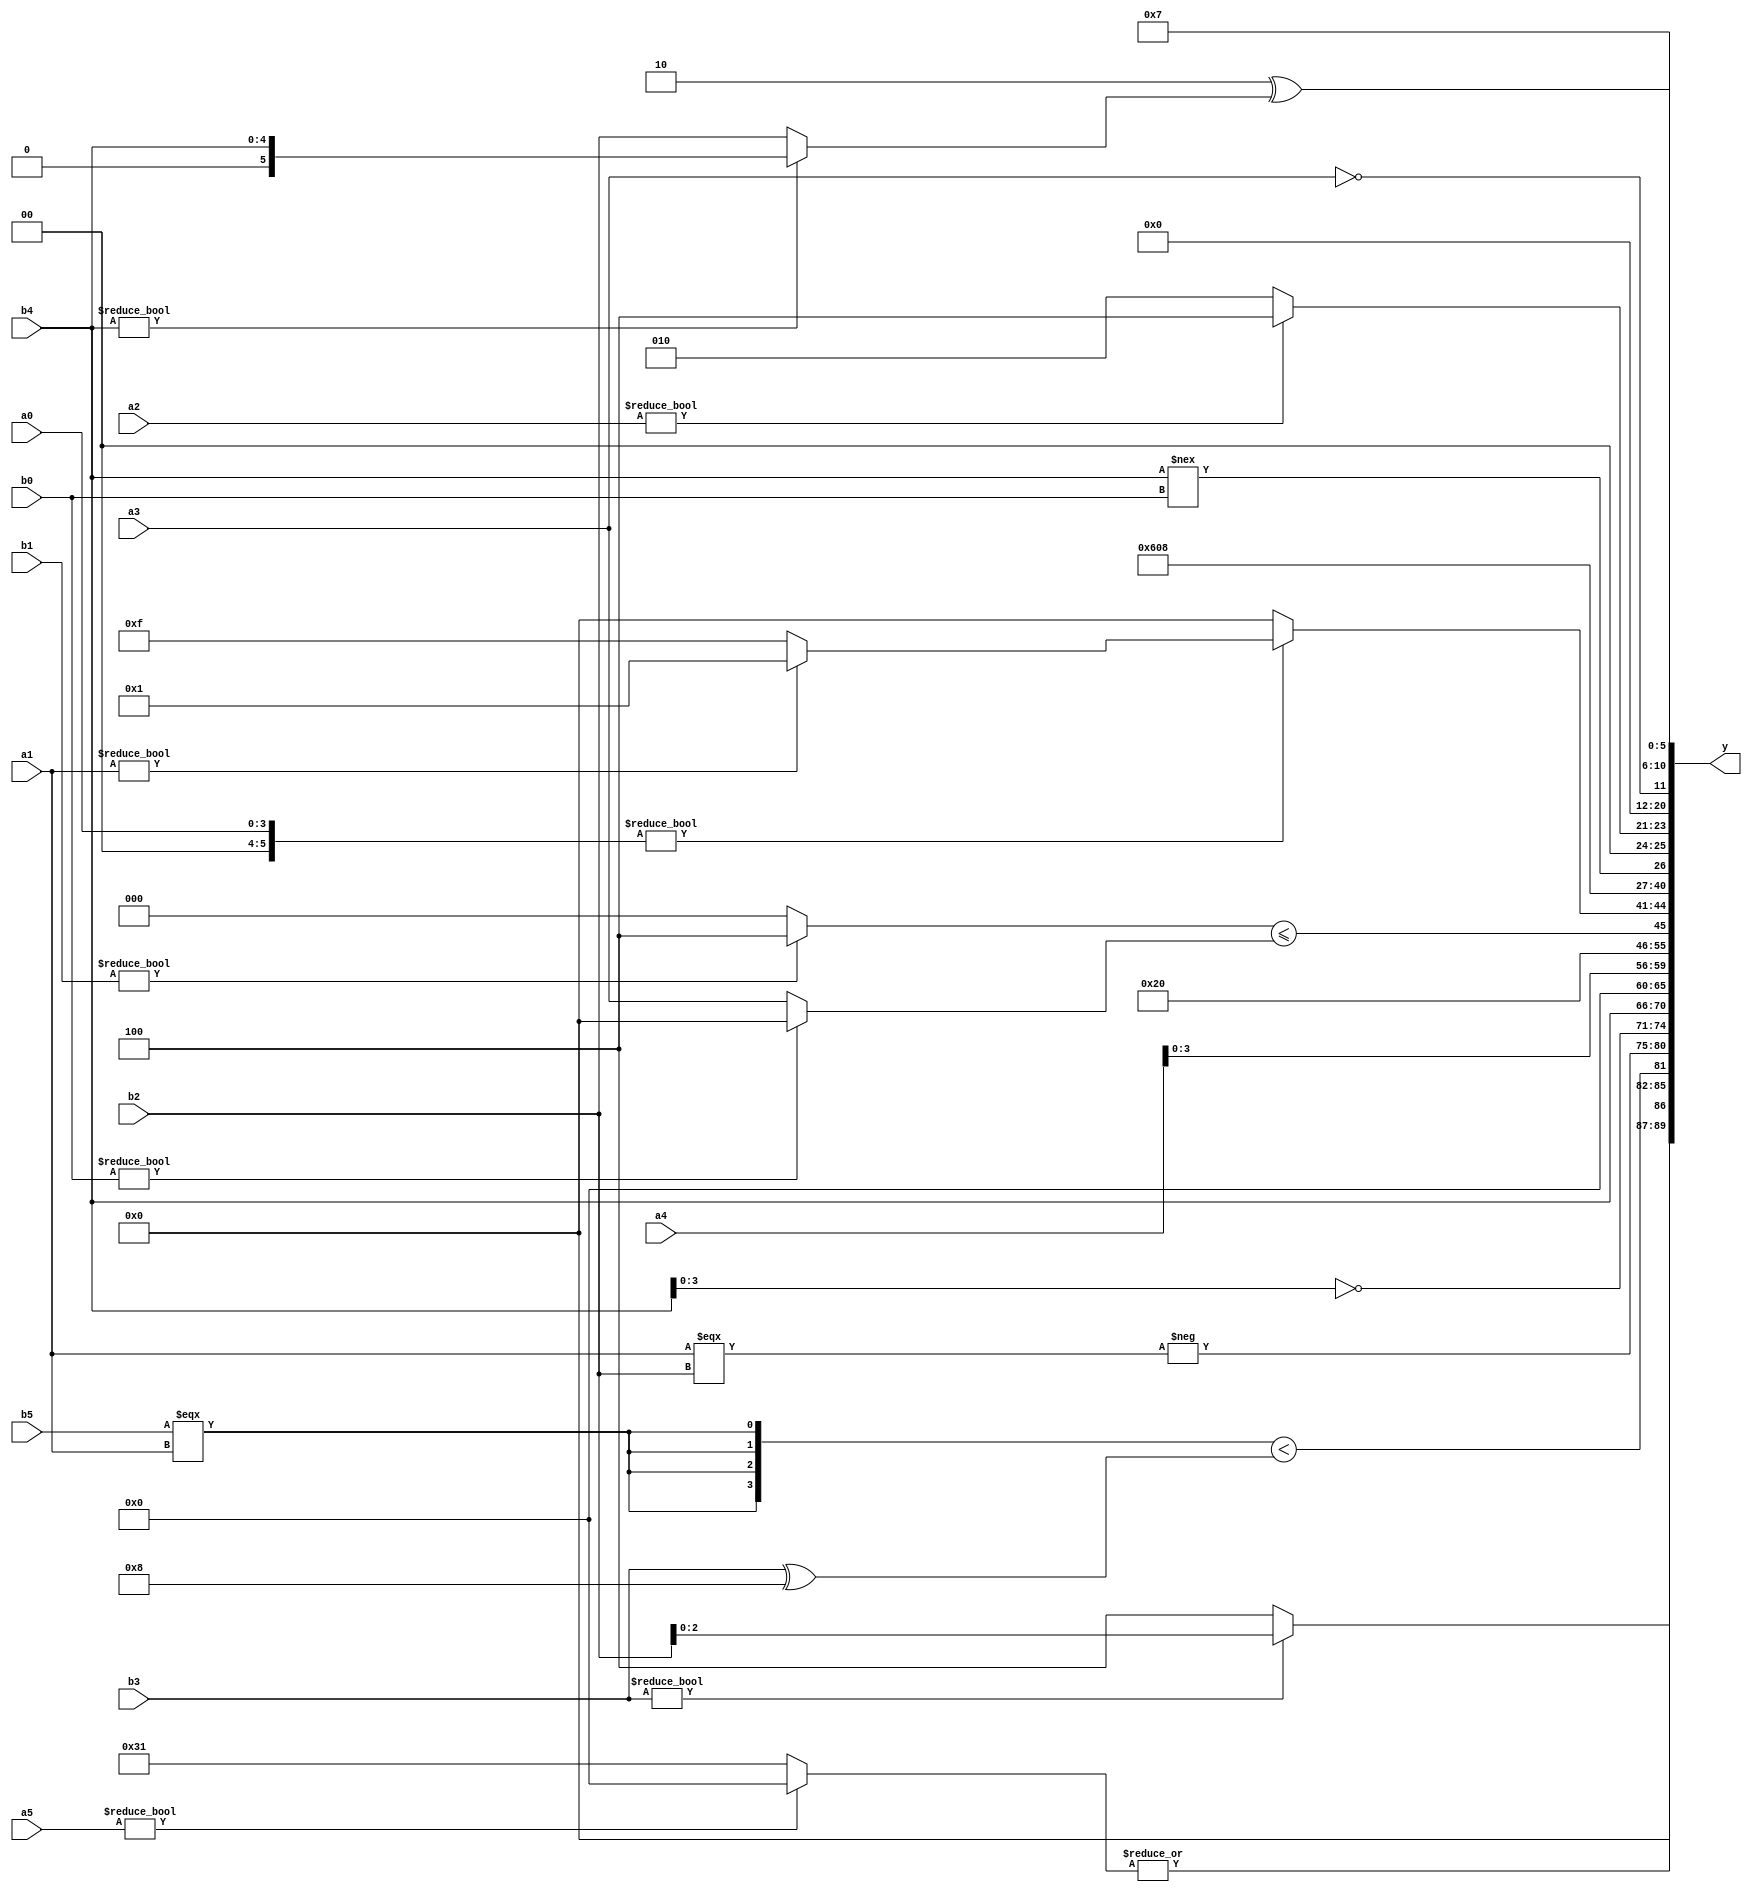
module expression_00611(a0, a1, a2, a3, a4, a5, b0, b1, b2, b3, b4, b5, y);
  input [3:0] a0;
  input [4:0] a1;
  input [5:0] a2;
  input signed [3:0] a3;
  input signed [4:0] a4;
  input signed [5:0] a5;

  input [3:0] b0;
  input [4:0] b1;
  input [5:0] b2;
  input signed [3:0] b3;
  input signed [4:0] b4;
  input signed [5:0] b5;

  wire [3:0] y0;
  wire [4:0] y1;
  wire [5:0] y2;
  wire signed [3:0] y3;
  wire signed [4:0] y4;
  wire signed [5:0] y5;
  wire [3:0] y6;
  wire [4:0] y7;
  wire [5:0] y8;
  wire signed [3:0] y9;
  wire signed [4:0] y10;
  wire signed [5:0] y11;
  wire [3:0] y12;
  wire [4:0] y13;
  wire [5:0] y14;
  wire signed [3:0] y15;
  wire signed [4:0] y16;
  wire signed [5:0] y17;

  output [89:0] y;
  assign y = {y0,y1,y2,y3,y4,y5,y6,y7,y8,y9,y10,y11,y12,y13,y14,y15,y16,y17};

  localparam [3:0] p0 = (5'd20);
  localparam [4:0] p1 = (~&(|(4'd3)));
  localparam [5:0] p2 = (~|(~|(~&{3{(-4'sd5)}})));
  localparam signed [3:0] p3 = ((((4'd6)>>>(4'd10))==((-4'sd6)>(3'd1)))^(((-4'sd1)&(-5'sd8))<((-2'sd0)&(-2'sd1))));
  localparam signed [4:0] p4 = {4{(~((4'sd6)<=(3'd0)))}};
  localparam signed [5:0] p5 = (~^(~(-{2{((4'd5)?(5'd3):(2'sd0))}})));
  localparam [3:0] p6 = (((~&((-2'sd1)&(-3'sd2)))!=((2'sd1)>=(2'd2)))+(&(((-3'sd3)>(2'd2))>((3'd5)>>(5'd10)))));
  localparam [4:0] p7 = (({(4'd5),(5'd27),(2'd2)}&&((5'd1)^~(3'sd2)))<<<((~|((-5'sd2)==(-3'sd2)))!==((4'sd2)===(-4'sd7))));
  localparam [5:0] p8 = ((((5'sd1)||(-4'sd3))^~(~&(2'd2)))?(!(-(~|((2'd3)==(5'sd13))))):((~(3'sd2))+((3'sd2)>(4'd11))));
  localparam signed [3:0] p9 = (~|((~|(3'd0))==={2{(-5'sd8)}}));
  localparam signed [4:0] p10 = (3'sd2);
  localparam signed [5:0] p11 = (-{((5'sd13)|(4'sd3))});
  localparam [3:0] p12 = ({(4'sd5),(4'd4)}?(+(-3'sd0)):((-3'sd3)?(3'd2):(-2'sd1)));
  localparam [4:0] p13 = {1{{4{(3'd4)}}}};
  localparam [5:0] p14 = {(-5'sd13),(4'sd5)};
  localparam signed [3:0] p15 = (|(-5'sd13));
  localparam signed [4:0] p16 = (+((5'd2 * (5'd28))?(-2'sd1):((-5'sd8)?(-2'sd1):(-5'sd10))));
  localparam signed [5:0] p17 = (-4'sd7);

  assign y0 = {(b3?b2:p13),(|(a5?p5:p11))};
  assign y1 = ({4{(b5===a1)}}<((p12?p14:b3)^(5'd2 * p0)));
  assign y2 = (-((p6<=p0)&&(a1===b2)));
  assign y3 = {3{(~b4)}};
  assign y4 = {2{{1{{4{b4}}}}}};
  assign y5 = (~|(|(-3'sd1)));
  assign y6 = {{(^(-(&p0))),({a4,p17})},{{{b2,b4},{b4}},{(^b5),$unsigned(a4)}}};
  assign y7 = (((~^p10)?(p3&&a2):{2{p2}})?(2'sd1):{1{{2{$unsigned(p14)}}}});
  assign y8 = (((!p5)^~(p17^~p7))?((b1?p13:p5)<=(b0?p8:a3)):(~&((-2'sd1))));
  assign y9 = (((p16?p7:p9)?(p3?a0:p14):(p13?p5:b0))?((a4?p2:p3)?(a1?p7:p16):(p3?p6:p11)):((p4?p15:p12)?(p11?p8:p15):(b5?a3:p7)));
  assign y10 = (4'sd3);
  assign y11 = ((!(~^(3'sd3)))?(5'd17):(~^{2{p16}}));
  assign y12 = (b4!==b0);
  assign y13 = (((p10?p17:p9)&(p16>=p3))?((b4&p1)>>(p16==p3)):(a2?p0:p10));
  assign y14 = (&(3'd3));
  assign y15 = (!a3);
  assign y16 = {1{{3{(|{4{p15}})}}}};
  assign y17 = $signed({(({a0})?(a0<b0):$signed((3'd3))),((2'd2)^(b4?b4:b2))});
endmodule